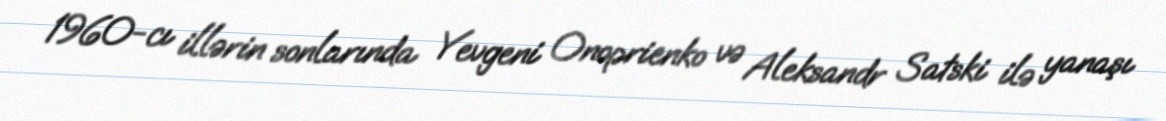
1960-cı illərin sonlarında Yevgeni Onoprienko və Aleksandr Satski ilə yanaşı